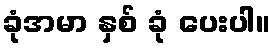
ခုံအမာ နှစ် ခုံ ပေးပါ။